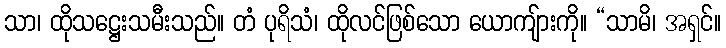
သာ၊ ထိုသဋ္ဌေးသမီးသည်။ တံ ပုရိသံ၊ ထိုလင်ဖြစ်သော ယောကျ်ားကို။ “သာမိ၊ အရှင်။